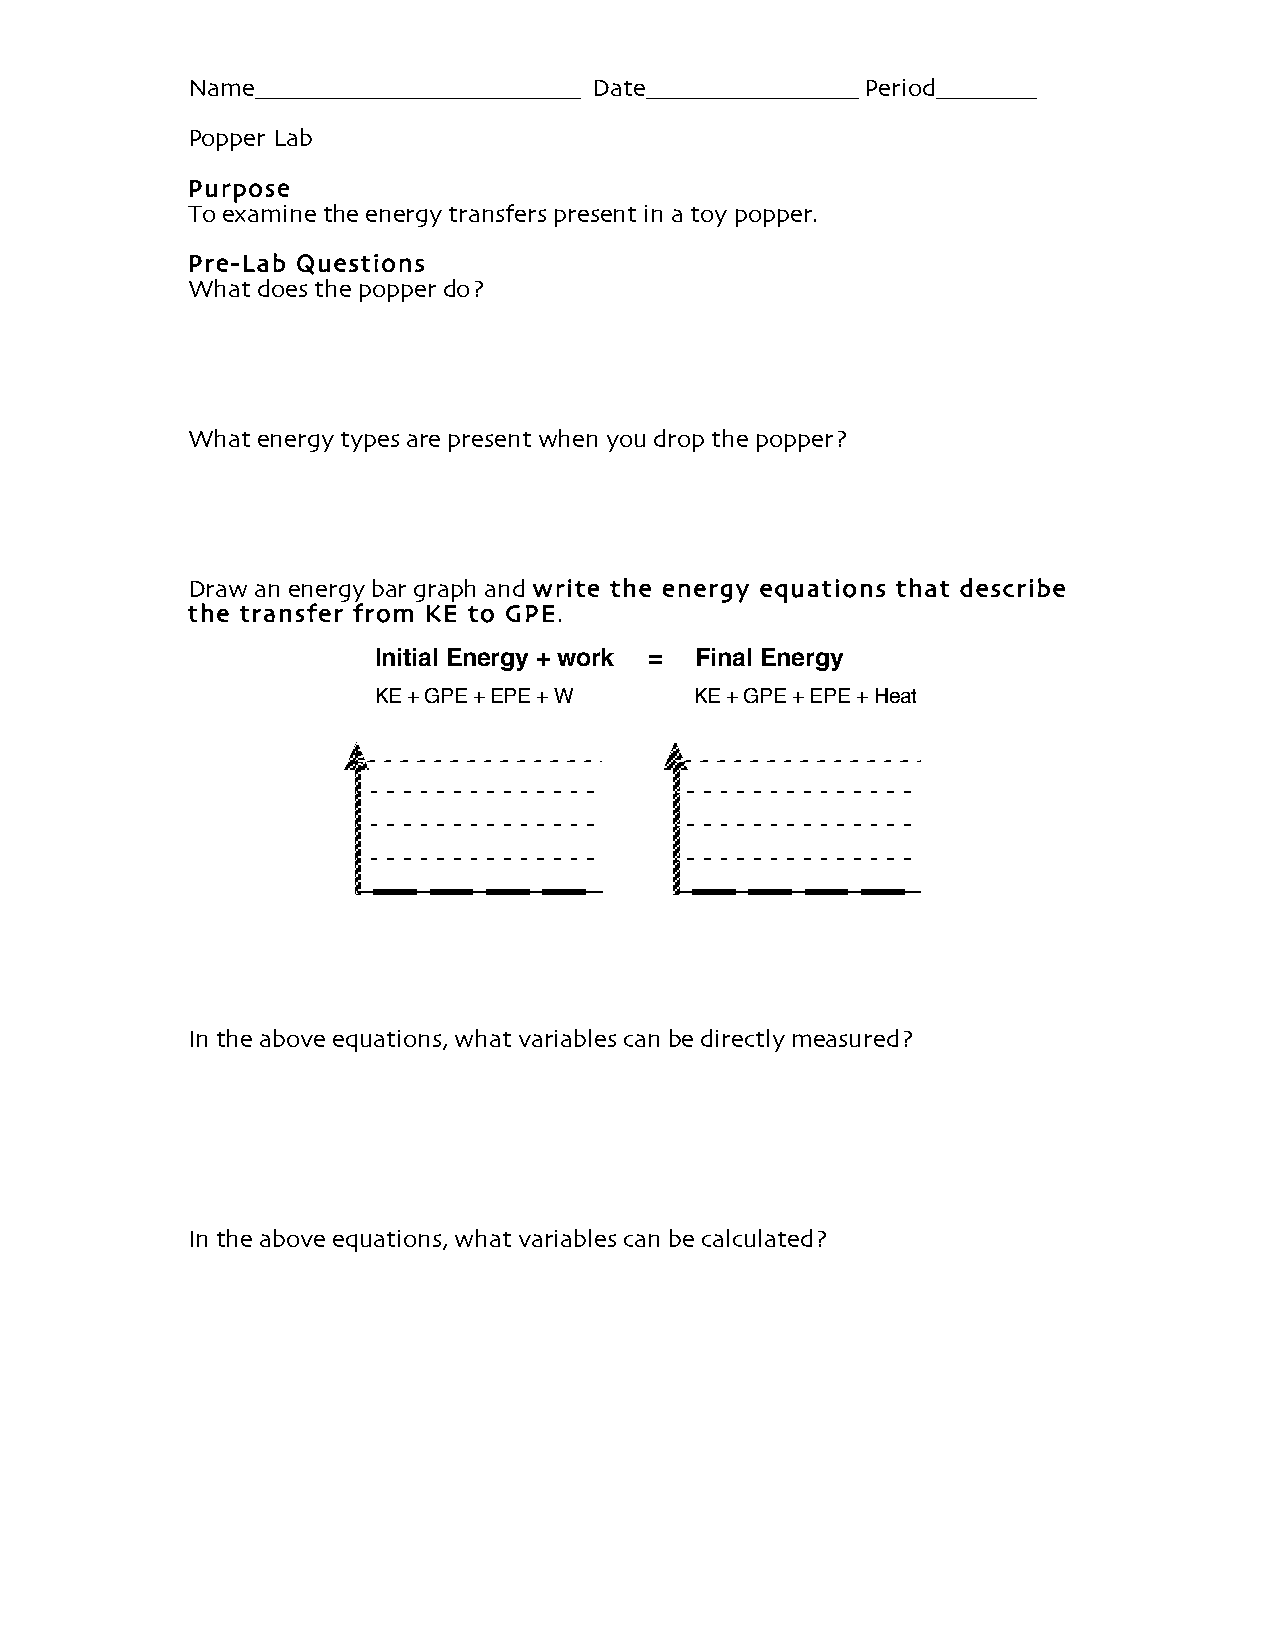
Name__________________________ Date_________________ Period________
 Popper Lab
 Purpose
 To examine the energy transfers present in a toy popper.
 Pre-Lab Questions
 What does the popper do?
 What energy types are present when you drop the popper?
 Draw an energy bar graph and write the energy equations that describe
 the transfer from KE to GPE.
 Initial Energy + work = Final Energy
 KE + GPE + EPE + W   KE + GPE + EPE + Heat
 In the above equations, what variables can be directly measured?
 In the above equations, what variables can be calculated?